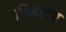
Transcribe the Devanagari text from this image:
ज़िनेस्टर